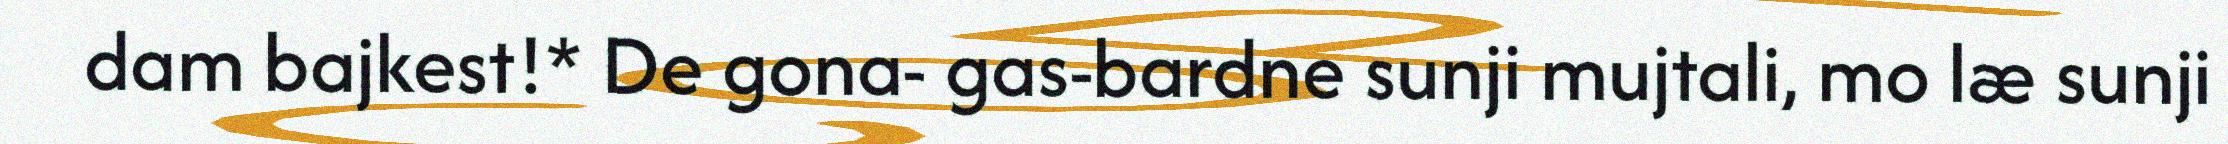
dam bajkest!* De gona- gas-bardne sunji mujtali, mo læ sunji